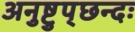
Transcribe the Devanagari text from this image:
अनुष्टुप्‌छन्दः